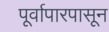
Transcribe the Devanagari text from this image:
पूर्वापारपासून